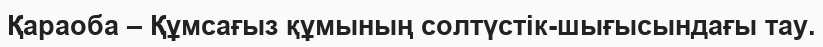
Қараоба – Құмсағыз құмының солтүстік-шығысындағы тау.